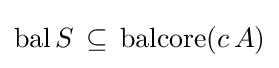
\operatorname {bal} S\,\subseteq \,\operatorname {balcore} (c\,A)